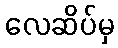
လေဆိပ်မှ